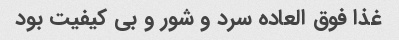
غذا فوق العاده سرد و شور و بی کیفیت بود